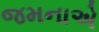
જમનાએ